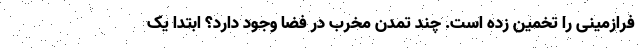
فرازمینی را تخمین زده است. چند تمدن مخرب در فضا وجود دارد؟ ابتدا یک